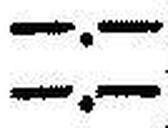
—.—